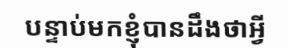
បន្ទាប់មកខ្ញុំបានដឹងថាអ្វី